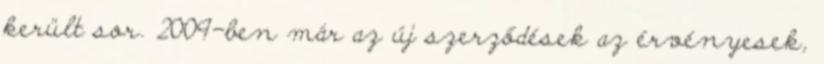
került sor. 2009-ben már az új szerződések az érvényesek,